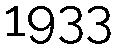
1933